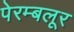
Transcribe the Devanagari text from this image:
पेरम्बलूर